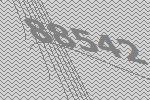
88542